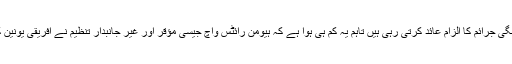
خیال رہے کہ انسانی حقوق کی تنظیمیں صومالیہ کی حکومت پر اس سے قبل بھی جنگی جرائم کا الزام عائد کرتی رہی ہیں تاہم یہ کم ہی ہوا ہے کہ ہیومن رائٹس واچ جیسی مؤقر اور غیر جانبدار تنظیم نے افریقی یونین کے امن مشن سے تعلق رکھنے والے فوجیوں پر بھی جنگی جرائم کا الزام عائد کیا ہو۔